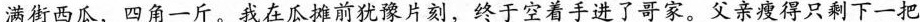
满街西瓜，四角一斤。我在瓜摊前犹豫片刻，终于空着手进了哥家。父亲瘦得只剩下一把